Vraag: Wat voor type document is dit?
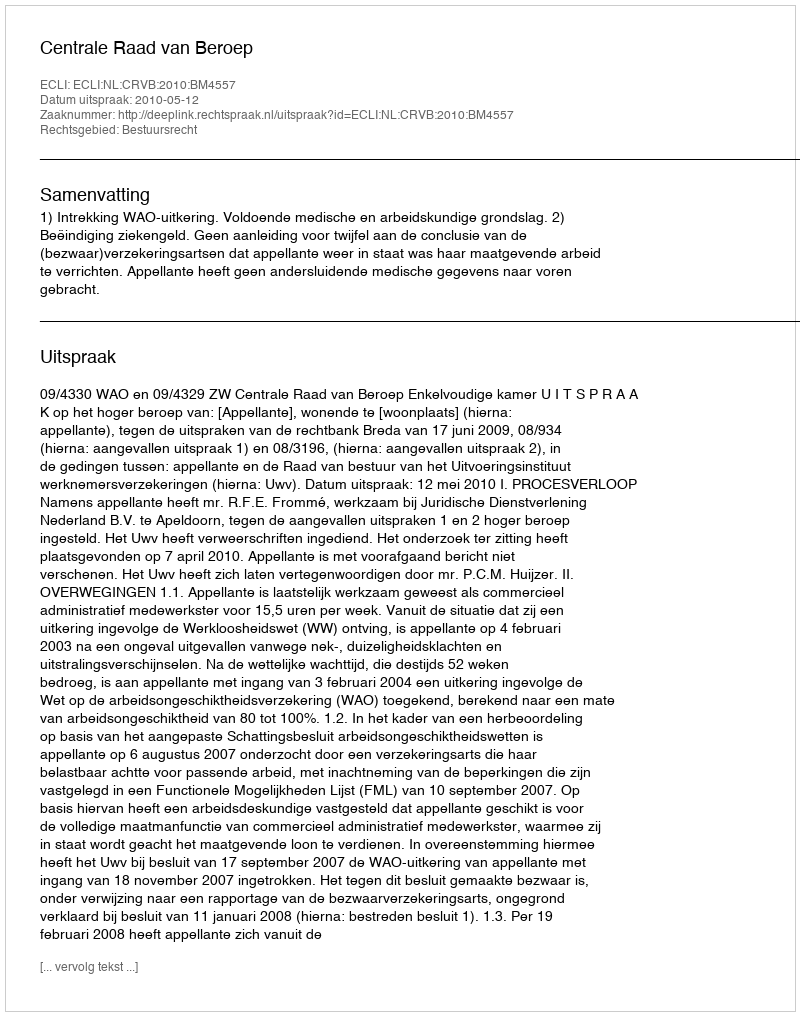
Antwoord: Uitspraak